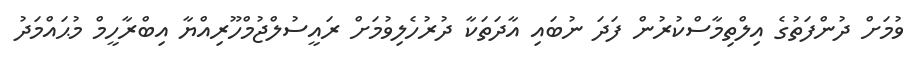
ވުމަށް ދުންފަތުގެ އިލްތިމާސްކުރުން ފަދަ ނުބައި އާދަތަކާ ދުރުހެލިވުމަށް ރައީސުލްޖުމްހޫރިއްޔާ އިބްރާހީމް މުޙައްމަދު